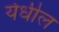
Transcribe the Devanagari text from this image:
येधील